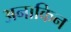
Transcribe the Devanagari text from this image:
अनाकिन